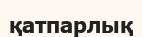
қатпарлық